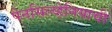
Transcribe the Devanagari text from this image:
पेनसिल्व्हेनियाची